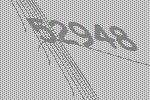
52948